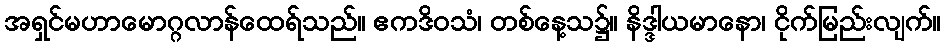
အရှင်မဟာမောဂ္ဂလာန်ထေရ်သည်။ ဧကဒိဝသံ၊ တစ်နေ့သ၌။ နိဒ္ဒါယမာနော၊ ငိုက်မြည်းလျက်။